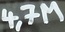
Text: 4,7M